Malaria in the Punjab - Number 46
Disease focus: Malaria
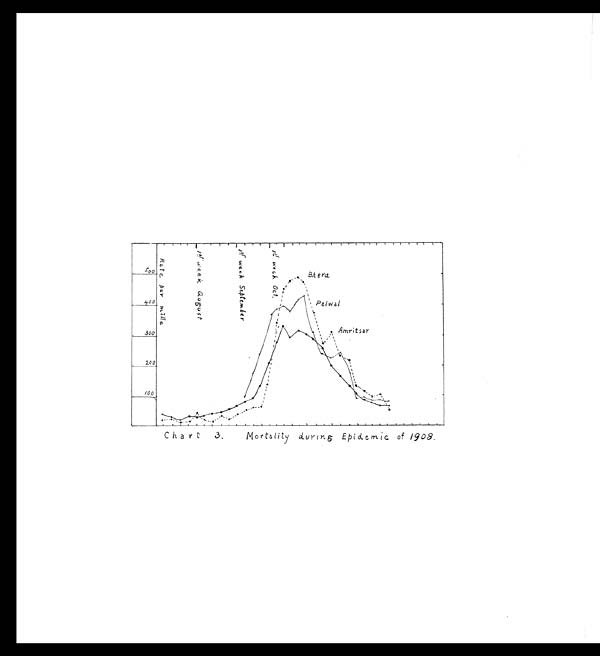
Chart 3. Mortality during Epidemic of 1908.